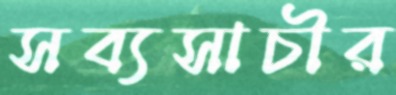
সব্যসাচীর